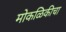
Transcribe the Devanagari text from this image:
मोकळिकीचा